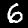
Label: 6